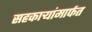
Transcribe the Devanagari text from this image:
सहकाऱ्यांमार्फत